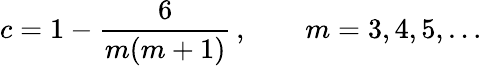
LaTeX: c=1-\frac{6}{m(m+1)}\, ,\qquad m=3,4,5,\ldots